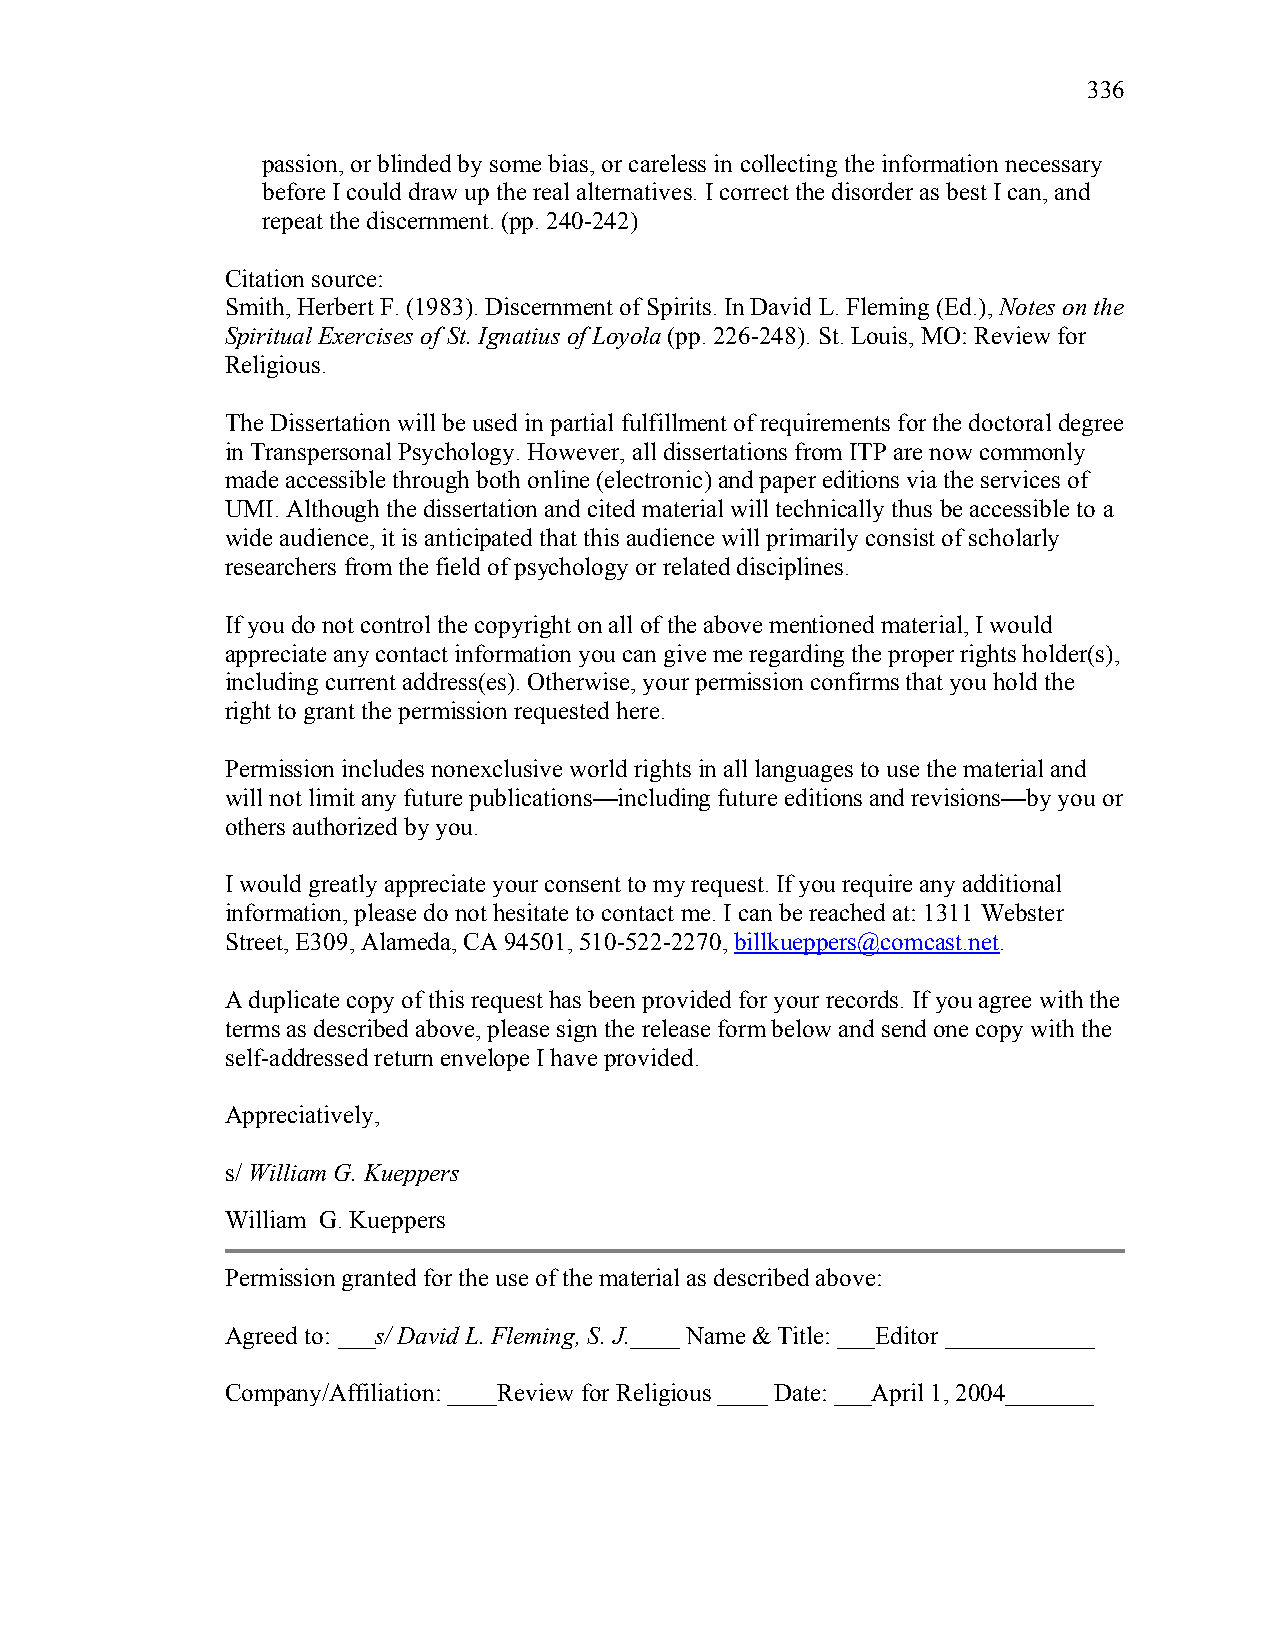
336
 passion, or blinded by some bias, or careless in collecting the information necessary
 before I could draw up the real alternatives. I correct the disorder as best I can, and
 repeat the discernment. (pp. 240-242)
 Citation source:
 Smith, Herbert F. (1983). Discernment of Spirits. In David L. Fleming (Ed.), Notes on the
 Spiritual Exercises of St. Ignatius of Loyola (pp. 226-248). St. Louis, MO: Review for
 Religious.
 The Dissertation will be used in partial fulfillment of requirements for the doctoral degree
 in Transpersonal Psychology. However, all dissertations from ITP are now commonly
 made accessible through both online (electronic) and paper editions via the services of
 UMI. Although the dissertation and cited material will technically thus be accessible to a
 wide audience, it is anticipated that this audience will primarily consist of scholarly
 researchers from the field of psychology or related disciplines.
 If you do not control the copyright on all of the above mentioned material, I would
 appreciate any contact information you can give me regarding the proper rights holder(s),
 including current address(es). Otherwise, your permission confirms that you hold the
 right to grant the permission requested here.
 Permission includes nonexclusive world rights in all languages to use the material and
 will not limit any future publications—including future editions and revisions—by you or
 others authorized by you.
 I would greatly appreciate your consent to my request. If you require any additional
 information, please do not hesitate to contact me. I can be reached at: 1311 Webster
 Street, E309, Alameda, CA 94501, 510-522-2270, billkueppers@comcast.net.
 A duplicate copy of this request has been provided for your records. If you agree with the
 terms as described above, please sign the release form below and send one copy with the
 self-addressed return envelope I have provided.
 Appreciatively,
 s/ William G. Kueppers
 William G. Kueppers
 Permission granted for the use of the material as described above:
 Agreed to: ___s/ David L. Fleming, S. J.____ Name & Title: ___Editor ____________
 Company/Affiliation: ____Review for Religious ____ Date: ___April 1, 2004_______